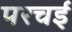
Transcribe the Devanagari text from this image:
परचई